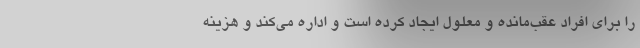
را برای افراد عقب‌مانده و معلول ایجاد کرده است و اداره می‌کند و هزینه